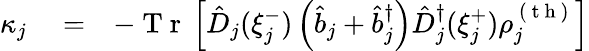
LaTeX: \begin{array}{rlr}{\kappa_{j}}&{{}=}&{-\mathrm{~T~r~}\left[\hat{D}_{j}(\xi_{j}^{-})\left(\hat{b}_{j}+\hat{b}_{j}^{\dagger}\right)\hat{D}_{j}^{\dagger}(\xi_{j}^{+})\rho_{j}^{\mathrm{~(~t~h~)~}}\right]}\end{array}